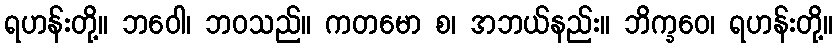
ရဟန်းတို့။ ဘဝေါ၊ ဘဝသည်။ ကတမော စ၊ အဘယ်နည်း။ ဘိက္ခဝေ၊ ရဟန်းတို့။